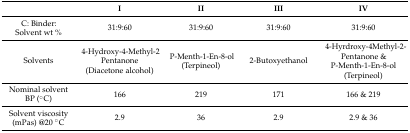
<table><thead><tr><td></td><td><b>I</b></td><td><b>II</b></td><td><b>III</b></td><td><b>IV</b></td></tr></thead><tbody><tr><td>C: Binder: Solvent wt %</td><td>31:9:60</td><td>31:9:60</td><td>31:9:60</td><td>31:9:60</td></tr><tr><td>Solvents</td><td>4-Hydroxy-4-Methyl-2 Pentanone (Diacetone alcohol)</td><td>P-Menth-1-En-8-ol (Terpineol)</td><td>2-Butoxyethanol</td><td>4-Hyrdroxy-4Methyl-2-Pentanone &amp; P-Menth-1-En-8-ol (Terpineol)</td></tr><tr><td>Nominal solvent BP (°C)</td><td>166</td><td>219</td><td>171</td><td>166 &amp; 219</td></tr><tr><td>Solvent viscosity (mPas) @20 °C</td><td>2.9</td><td>36</td><td>2.9</td><td>2.9 &amp; 36</td></tr></tbody></table>